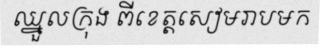
ឈ្នួលក្រុង ពីខេត្តសៀមរាបមក